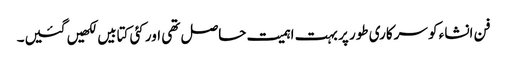
فن انشاء کو سرکاری طور پر بہت اہمیت حاصل تھی اور کئی کتابیں لکھیں گئیں۔